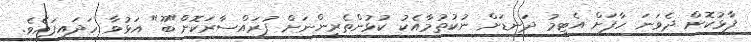
ފާޅުކޮށް ދެވަނަ ހާފަށް އެޓީމު ދަނޑަށް ނުކުތުމާއެކު ކުޅުންތެރީންނަށް ފުރައްސާރަކޮށް"ބޫ" އަޅުވާ ހަދައިފައެވެ.